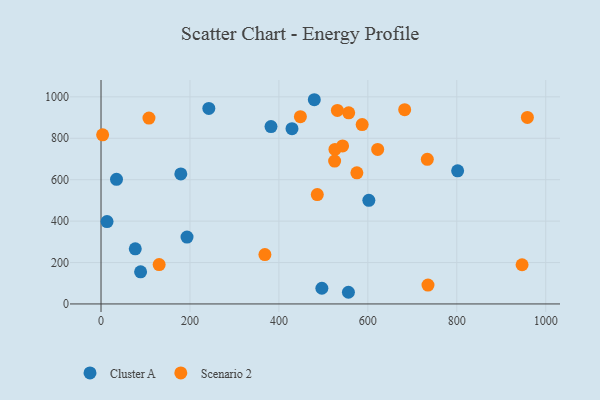
{"axis": {"x": "Distance", "y": "Rating"}, "legend": ["Cluster A", "Scenario 2"], "data": [{"x": "89.0", "y": 155.2, "type": "Cluster A"}, {"x": "193.4", "y": 322.9, "type": "Cluster A"}, {"x": "801.9", "y": 642.8, "type": "Cluster A"}, {"x": "496.6", "y": 75.9, "type": "Cluster A"}, {"x": "242.4", "y": 944.0, "type": "Cluster A"}, {"x": "34.8", "y": 601.7, "type": "Cluster A"}, {"x": "179.4", "y": 628.0, "type": "Cluster A"}, {"x": "479.6", "y": 986.2, "type": "Cluster A"}, {"x": "556.3", "y": 56.4, "type": "Cluster A"}, {"x": "382.2", "y": 856.4, "type": "Cluster A"}, {"x": "602.2", "y": 500.3, "type": "Cluster A"}, {"x": "429.4", "y": 846.4, "type": "Cluster A"}, {"x": "77.0", "y": 266.4, "type": "Cluster A"}, {"x": "13.5", "y": 397.9, "type": "Cluster A"}, {"x": "368.5", "y": 238.5, "type": "Scenario 2"}, {"x": "543.2", "y": 763.1, "type": "Scenario 2"}, {"x": "3.6", "y": 816.5, "type": "Scenario 2"}, {"x": "526.0", "y": 746.1, "type": "Scenario 2"}, {"x": "107.8", "y": 897.6, "type": "Scenario 2"}, {"x": "735.2", "y": 91.2, "type": "Scenario 2"}, {"x": "682.8", "y": 938.3, "type": "Scenario 2"}, {"x": "575.3", "y": 633.2, "type": "Scenario 2"}, {"x": "958.7", "y": 900.9, "type": "Scenario 2"}, {"x": "130.7", "y": 190.2, "type": "Scenario 2"}, {"x": "587.2", "y": 866.4, "type": "Scenario 2"}, {"x": "486.3", "y": 528.4, "type": "Scenario 2"}, {"x": "556.9", "y": 923.0, "type": "Scenario 2"}, {"x": "946.8", "y": 189.3, "type": "Scenario 2"}, {"x": "525.3", "y": 690.1, "type": "Scenario 2"}, {"x": "622.1", "y": 746.2, "type": "Scenario 2"}, {"x": "733.7", "y": 698.5, "type": "Scenario 2"}, {"x": "531.5", "y": 934.5, "type": "Scenario 2"}, {"x": "448.3", "y": 904.3, "type": "Scenario 2"}]}